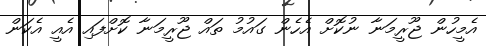
އެމީހުން ޖޫރީމަނާ ނުކޮށް އެހެން ގައުމު ތައް ޖޫރީމަނާ ކޮށްފައި އެއީ އެކަން